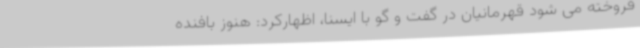
فروخته می شود قهرمانیان در گفت و گو با ایسنا، اظهارکرد: هنوز بافنده